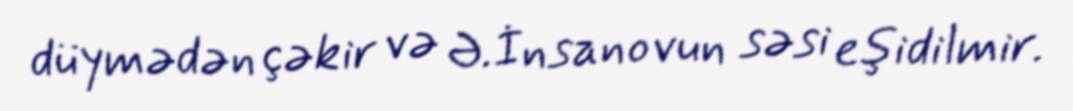
düymədən çəkir və Ə.İnsanovun səsi eşidilmir.